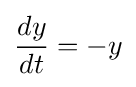
{\frac {dy}{dt}}=-y